Indian journal of veterinary science and animal husbandry - Volumes 22-23, 1952-1953
Year: 1952
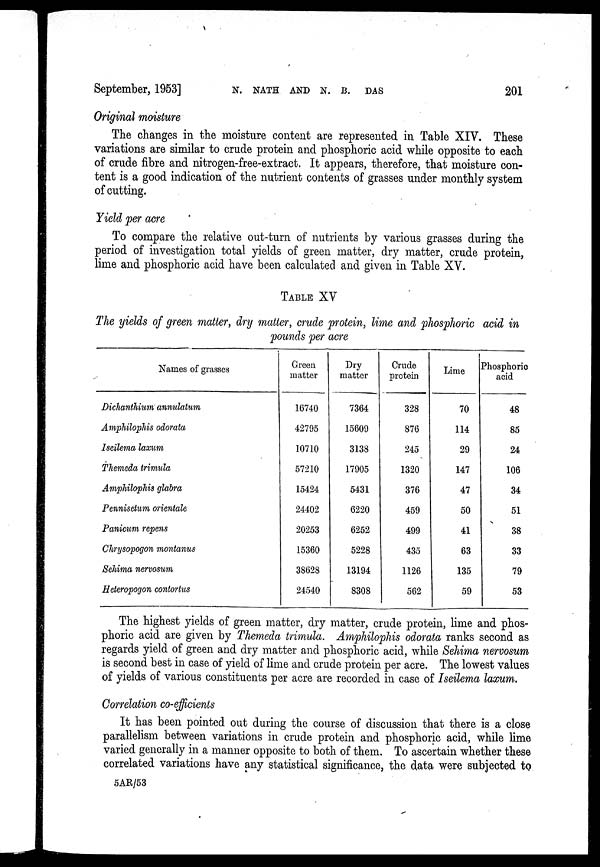
September, 1953]
N.
NATH
AND
N.
B.
DAS
201
Original moisture
The changes in the moisture content are represented in Table XIV. These
variations are similar to crude protein and phosphoric acid while opposite to each
of crude fibre and nitrogen-free-extract. It appears, therefore, that moisture con-
tent is a good indication of the nutrient contents of grasses under monthly system
of cutting.
Yield per acre
To compare the relative out-turn of nutrients by various grasses during the
period of investigation total yields of green matter, dry matter, crude protein,
lime and phosphoric acid have been calculated and given in Table XV.
TABLE XV
The yields of green matter, dry matter, crude protein, lime and phosphoric acid in
pounds per acre
Names of grasses
Dichanthium annulatum
Amphilophis odorata
Iseilema laxum
Themeda trimula
Amphilophis glabra
Pennisetum orientale
Panicum repens
Chrysopogon montanus
Sehima nervosum
Heteropogon contortus
Green
matter
16740
42795
10710
57210
15424
24402
20253
15360
38628
24540
Dry
matter
7364
15609
3138
17905
5431
6220
6252
5228
13194
8308
Crude
protein
328
876
245
1320
376
459
499
435
1126
562
Lime
70
114
29
147
47
50
41
63
135
59
Phosphoric
acid
48
85
24
106
34
51
38
33
79
53
The highest yields of green matter, dry matter, crude protein, lime and phos-
phoric acid are given by Themeda trimula. Amphilophis odorata ranks second as
regards yield of green and dry matter and phosphoric acid, while Sehima nervosum
is second best in case of yield of lime and crude protein per acre. The lowest values
of yields of various constituents per acre are recorded in case of Iseilema laxum.
Correlation co-efficients
It has been pointed out during the course of discussion that there is a close
parallelism between variations in crude protein and phosphoric acid, while lime
varied generally in a manner opposite to both of them. To ascertain whether these
correlated variations have any statistical significance, the data were subjected to
5AR/53